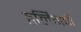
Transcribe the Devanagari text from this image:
ट्वर्लिंगची